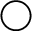
\bigcirc